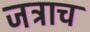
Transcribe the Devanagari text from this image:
जत्राच